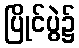
ပြိုင်ပွဲ၌